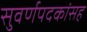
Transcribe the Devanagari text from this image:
सुवर्णपदकांसह